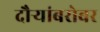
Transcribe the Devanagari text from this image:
दौऱ्यांबरोबर